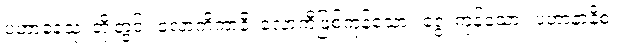
ပဟာနေသု၊ တို့တွင်။ လောကိကာနိ၊ လောကီဖြစ်ကုန်သော။ ဒွေ၊ ကုန်သော။ ပဟာနာနိစ၊